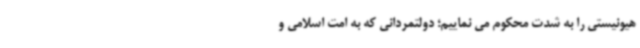
هیونیستی را به شدت محکوم می نماییم؛ دولتمردانی که به امت اسلامی و